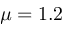
\mu = 1 . 2